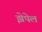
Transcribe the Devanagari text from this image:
झेपेल